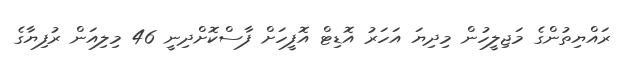
ރައްޔިތުންގެ މަޖިލީހުން މިދިޔަ އަހަރު އޮޑިޓް އޮފީހަށް ފާސްކޮށްދިނީ 46 މިލިއަން ރުފިޔާގެ